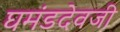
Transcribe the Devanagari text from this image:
घमंडदेवजी